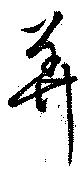
美